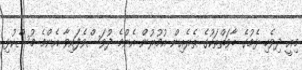
މިއީ ދިވެހި ޅެމުގެ ބާވަތްތަކުގެ ތެރެއިން އުމުރުން އެންމެ ދުވަސްވެފައިވާ އެންމެ މުސްކުޅި